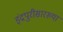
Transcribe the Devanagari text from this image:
इंद्रपुरीसारख्या